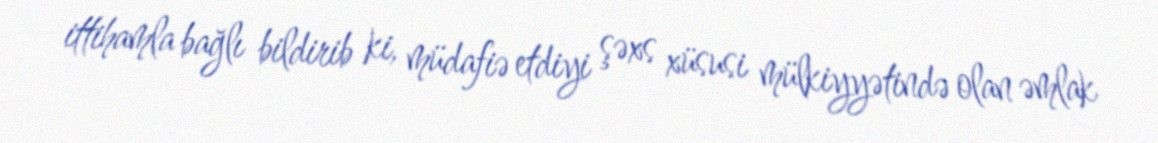
ittihamla bağlı bildirib ki, müdafiə etdiyi şəxs xüsusi mülkiyyətində olan əmlak